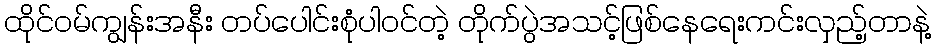
ထိုင်ဝမ်ကျွန်းအနီး တပ်ပေါင်းစုံပါဝင်တဲ့ တိုက်ပွဲအသင့်ဖြစ်နေရေးကင်းလှည့်တာနဲ့